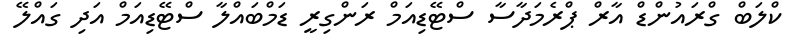
ކްލަބް ގްރައުންޑް އާރް ޕްރެމަދާސާ ސްޓޭޑިއަމް ރަންގިރީ ޑަމްބައްލާ ސްޓޭޑިއަމް އަދި ގައްލޭ